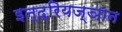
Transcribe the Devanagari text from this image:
इन्द्रियज्ञान